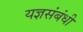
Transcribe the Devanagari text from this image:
यज्ञसंबंधी